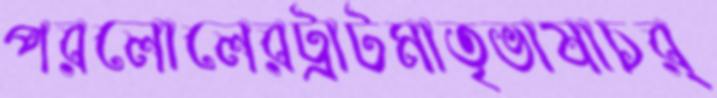
পরলোলেরট্রাটমাতৃভাষাচর্